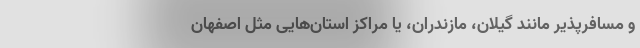
و مسافرپذیر مانند گیلان، مازندران، یا مراکز استان‌هایی مثل اصفهان